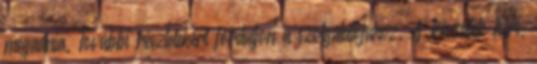
megadnia. További részletekért forduljon a szolgálatójához. A készülék kéri,